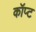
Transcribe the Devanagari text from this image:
कॉप्ट